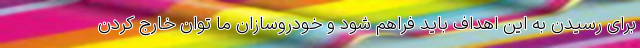
برای رسیدن به این اهداف باید فراهم شود و خودروسازان ما توان خارج کردن